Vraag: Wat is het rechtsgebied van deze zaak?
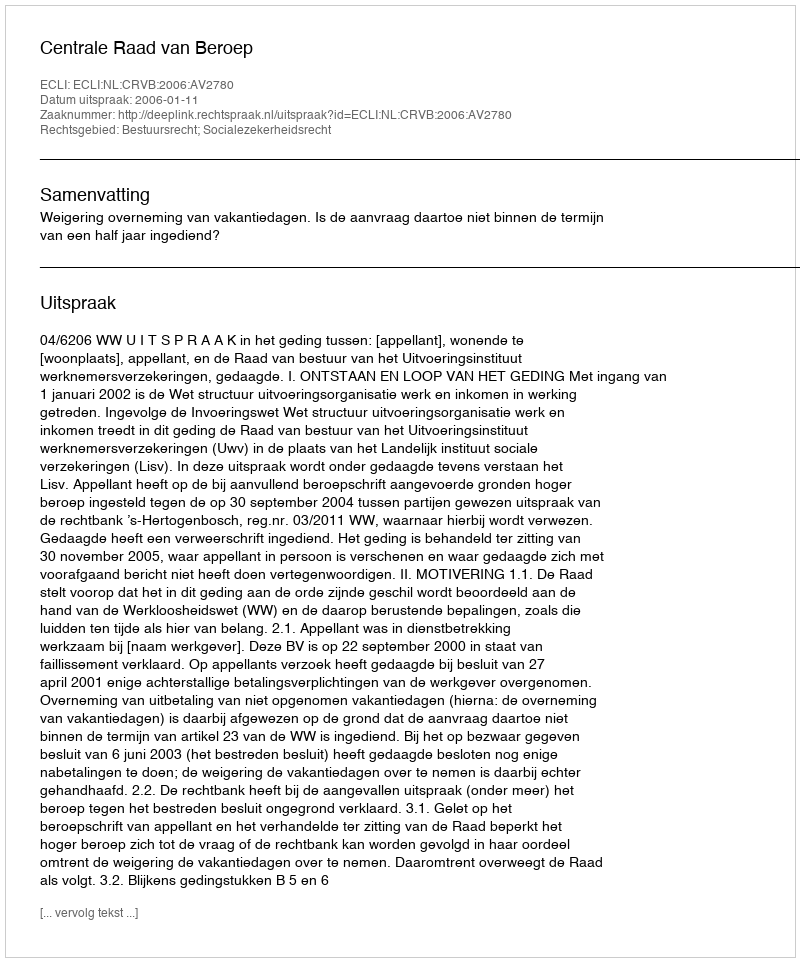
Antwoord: Bestuursrecht; Socialezekerheidsrecht